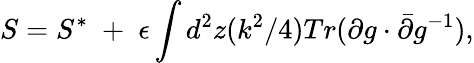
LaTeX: S=S^{*}\; +\; \epsilon\int d^{2}z(k^{2}/4)Tr(\partial g\cdot\bar{\partial}g^{-1}),